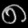
Digit: ၈